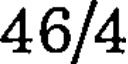
46/4